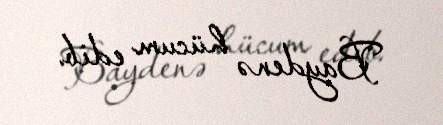
Baydenə hücum edib.